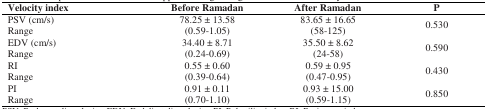
| Velocity index | Before Ramadan | After Ramadan | <COLSPAN=2> P |
 | --- | --- | --- | --- | --- |
 | PSV (cm/s) | 78.25 ± 13.58 | <COLSPAN=2> 83.65 ± 16.65 | <ROWSPAN=2> 0.530 |
 | Range | (0.59-1.05) | <COLSPAN=2> (58-125) |
 | EDV (cm/s) | 34.40 ± 8.71 | <COLSPAN=2> 35.50 ± 8.62 | <ROWSPAN=2> 0.590 |
 | Range | (0.24-0.69) | <COLSPAN=2> (24-58) |
 | RI | 0.55 ± 0.60 | <COLSPAN=2> 0.59 ± 0.95 | <ROWSPAN=2> 0.430 |
 | Range | (0.39-0.64) | <COLSPAN=2> (0.47-0.95) |
 | PI | 0.91 ± 0.11 | <COLSPAN=2> 0.93 ± 15.00 | <ROWSPAN=2> 0.850 |
 | Range | (0.70-1.10) | <COLSPAN=2> (0.59-1.15) |